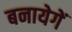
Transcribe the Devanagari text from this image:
बनायेगें